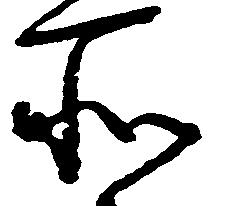
所